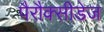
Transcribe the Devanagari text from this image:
पैरौक्सीडेज